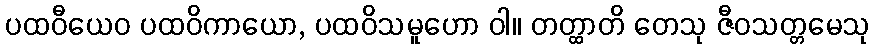
ပထဝီယေဝ ပထဝိကာယော, ပထဝိသမူဟော ဝါ။ တတ္ထာတိ တေသု ဇီဝသတ္တမေသု